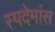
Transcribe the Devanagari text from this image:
स्पदेमांस